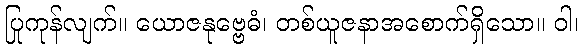
ပြုကုန်လျက်။ ယောဇနုဗ္ဗေဓံ၊ တစ်ယူဇနာအစောက်ရှိသော။ ဝါ၊